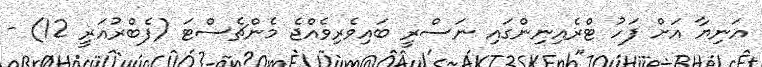
އަނިޔާ އަށް ފަހު ޓްރެއިނިންގައި ނަސްރީ ބައިވެރިވެއްޖެ މެންޗެސްޓަ (ފެބްރުއަރީ 12) -